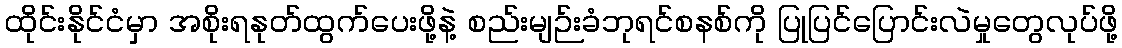
ထိုင်းနိုင်ငံမှာ အစိုးရနုတ်ထွက်ပေးဖို့နဲ့ စည်းမျဉ်းခံဘုရင်စနစ်ကို ပြုပြင်ပြောင်းလဲမှုတွေလုပ်ဖို့